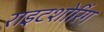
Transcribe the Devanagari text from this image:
राइटशोरिंग